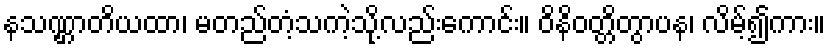
နသဏ္ဌာတိယထာ၊ မတည်တံ့သကဲ့သို့လည်းကောင်း။ ဝိနိဝတ္တိတွာပန၊ လိမ့်၍ကား။